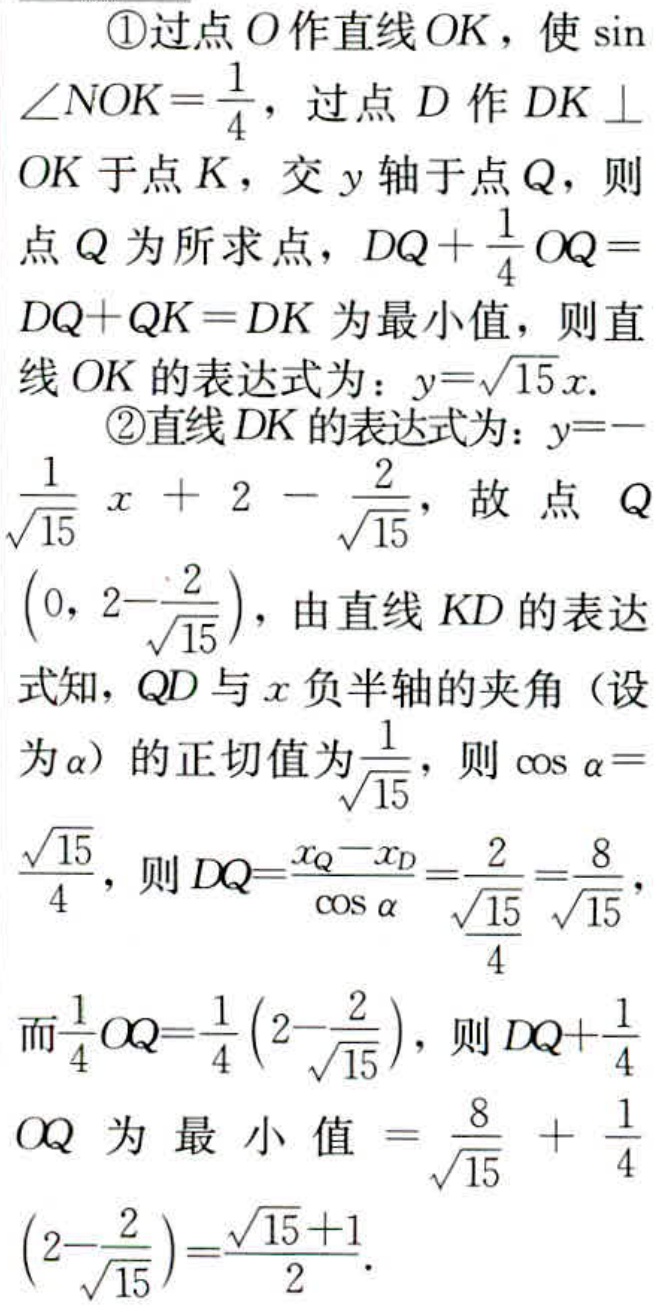
\textcircled{1}过点\(O\)作直线\(OK\)，使\(\sin\angle NOK = \frac{1}{4}\)，过点\(D\)作\(DK\perp OK\)于点\(K\)，交\(y\)轴于点\(Q\)，则点\(Q\)为所求点，\(DQ+\frac{1}{4}OQ = DQ + QK = DK\)为最小值，则直线\(OK\)的表达式为：\(y = \sqrt{15}x\).
\textcircled{2}直线\(DK\)的表达式为：\(y = -\frac{1}{\sqrt{15}}x + 2 - \frac{2}{\sqrt{15}}\)，故点\(Q(0,2 - \frac{2}{\sqrt{15}})\)，由直线\(KD\)的表达式知，\(QD\)与\(x\)负半轴的夹角（设为\(\alpha\)）的正切值为\(\frac{1}{\sqrt{15}}\)，则\(\cos\alpha = \frac{\sqrt{15}}{4}\)，则\(DQ=\frac{x_Q - x_D}{\cos\alpha}=\frac{2}{\frac{\sqrt{15}}{4}}=\frac{8}{\sqrt{15}}\)，而\(\frac{1}{4}OQ=\frac{1}{4}(2 - \frac{2}{\sqrt{15}})\)，则\(DQ+\frac{1}{4}OQ\)为最小值\(=\frac{8}{\sqrt{15}}+\frac{1}{4}(2 - \frac{2}{\sqrt{15}})=\frac{\sqrt{15}+1}{2}\).